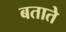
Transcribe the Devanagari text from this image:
बतातेे